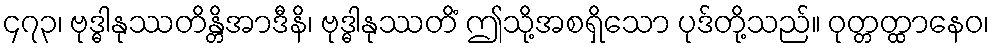
၄၇၃၊ ဗုဒ္ဓါနုဿတိန္တိအာဒီနိ၊ ဗုဒ္ဓါနုဿတိံ ဤသို့အစရှိသော ပုဒ်တို့သည်။ ဝုတ္တတ္ထာနေဝ၊